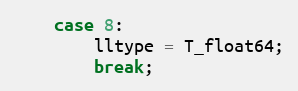
Language: C++
    case 8:
        lltype = T_float64;
        break;